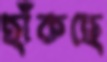
ছাঁকছে